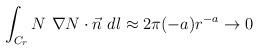
LaTeX: \begin{align*}\int_{C_r} N~\nabla N\cdot \vec n ~dl \approx 2\pi (-a)r^{-a}\rightarrow 0\end{align*}